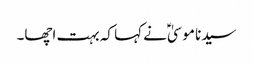
سیدنا موسیٰؑ نے کہا کہ بہت اچھا۔